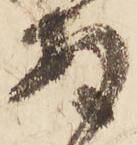
安